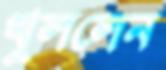
খুললেন